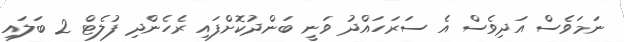
ނަމަވެސް އަދިވެސް އެ ސަރަހައްދު ވަނީ ބަންދުކޮށްފައި ރެހެންދި ފުލެޓް 2 ބަލައި